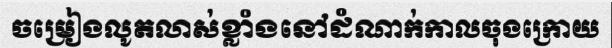
ចម្រៀងលូតលាស់ខ្លាំងនៅដំណាក់កាលចុងក្រោយ